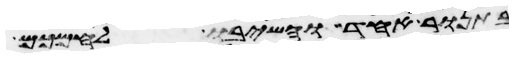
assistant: בתנור אחד והשיב לחמכם